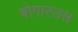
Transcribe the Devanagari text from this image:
बोगारउस